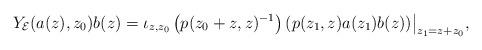
LaTeX: \begin{align*}& Y_{\mathcal{E}}(a(z),z_0)b(z)=\iota_{z,z_0}\left(p(z_0 +z,z)^{-1}\right)(p(z_1,z)a(z_1)b(z))\bigl.\bigr|_{z_1 = z+z_{0}},\end{align*}